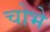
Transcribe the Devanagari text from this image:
चोभे